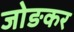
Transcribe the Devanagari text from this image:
जोङकर